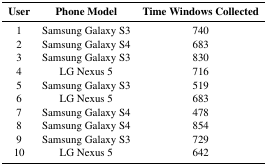
<table><thead><tr><td><b>User</b></td><td><b>Phone Model</b></td><td><b>Time Windows Collected</b></td></tr></thead><tbody><tr><td>1</td><td>Samsung Galaxy S3</td><td>740</td></tr><tr><td>2</td><td>Samsung Galaxy S4</td><td>683</td></tr><tr><td>3</td><td>Samsung Galaxy S3</td><td>830</td></tr><tr><td>4</td><td>LG Nexus 5</td><td>716</td></tr><tr><td>5</td><td>Samsung Galaxy S3</td><td>519</td></tr><tr><td>6</td><td>LG Nexus 5</td><td>683</td></tr><tr><td>7</td><td>Samsung Galaxy S4</td><td>478</td></tr><tr><td>8</td><td>Samsung Galaxy S4</td><td>854</td></tr><tr><td>9</td><td>Samsung Galaxy S3</td><td>729</td></tr><tr><td>10</td><td>LG Nexus 5</td><td>642</td></tr></tbody></table>